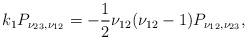
LaTeX: \begin{gather*}k_1 P_{\nu_{23}, \nu_{12}}=-\frac{1}{2}\nu_{12}(\nu_{12}-1) P_{\nu_{12}, \nu_{23}},\end{gather*}